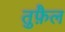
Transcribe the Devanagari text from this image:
तुफ़ैल